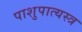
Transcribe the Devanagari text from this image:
पाशुपात्यस्त्र